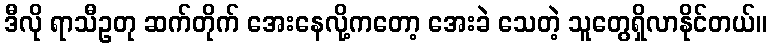
ဒီလို ရာသီဥတု ဆက်တိုက် အေးနေလို့ကတော့ အေးခဲ သေတဲ့ သူတွေရှိလာနိုင်တယ်။